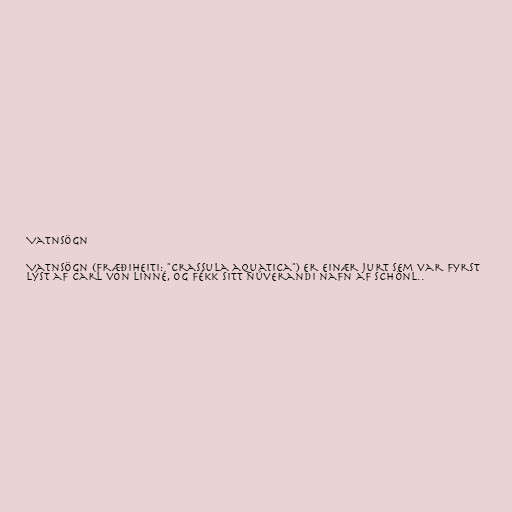
Vatnsögn

Vatnsögn (fræðiheiti: "Crassula aquatica") er einær jurt sem var fyrst
lýst af Carl von Linné, og fékk sitt núverandi nafn af Schönl..